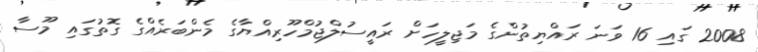
2008 ގައި 16 ވަނަ ރައްޔިތުންގެ މަޖިލީހަށް ރައީސުލްޖުމްހޫރިއްޔާގެ މެންބަރެއްގެ ގޮތުގައި މޫސާ